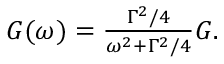
\begin{array} { r } { G ( \omega ) = \frac { \Gamma ^ { 2 } / 4 } { \omega ^ { 2 } + \Gamma ^ { 2 } / 4 } G . } \end{array}